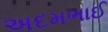
અદમભાઈ